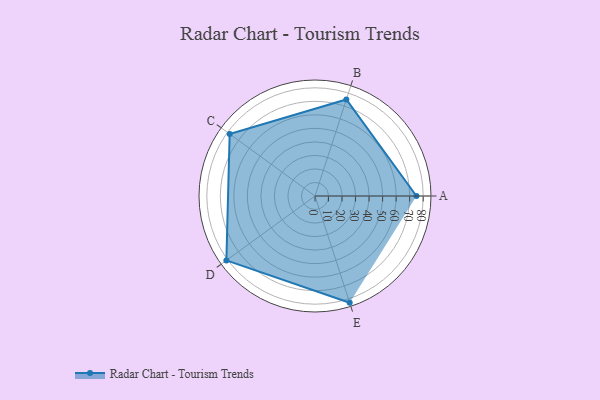
{"axis": {"x": "Skill", "y": "Score"}, "legend": ["Profile"], "data": [{"x": "A", "y": 75.0, "type": "Profile"}, {"x": "B", "y": 75.0, "type": "Profile"}, {"x": "C", "y": 78.0, "type": "Profile"}, {"x": "D", "y": 81.0, "type": "Profile"}, {"x": "E", "y": 83.0, "type": "Profile"}]}